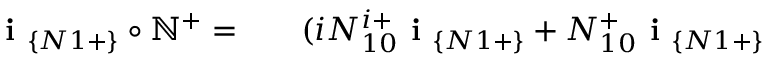
\begin{array} { r l r } { \textbf { i } _ { \{ N 1 + \} } \circ \mathbb { N } ^ { + } = } & { { } } & { ( i N _ { 1 0 } ^ { i + } \textbf { i } _ { \{ N 1 + \} } + N _ { 1 0 } ^ { + } \textbf { i } _ { \{ N 1 + \} } } \end{array}